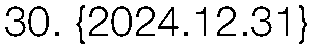
30. {2024.12.31}